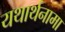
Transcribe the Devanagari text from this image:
यथार्थनामा